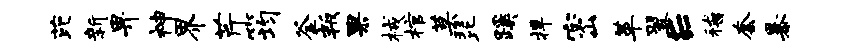
芘新畀神界芹筠釜叛果械棺莫琵蹊捍密革翌E稽套暴